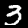
Digit: 3